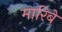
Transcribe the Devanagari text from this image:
मारिबे